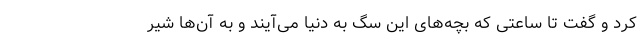
کرد و گفت تا ساعتی که بچه‌های این سگ به دنیا می‌آیند و به آن‌ها شیر